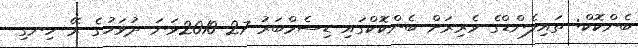
ބެންކޮކް: ތައިލެންޑްގެ ވެރިރަށް ބެންކޮކްގައި ޑިސެމްބަރު 27 2010ވަނަ ދުވަހުގެ ރޭ ހިނގި